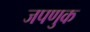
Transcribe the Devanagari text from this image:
जपणुक